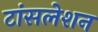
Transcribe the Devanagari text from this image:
टांंसलेशन